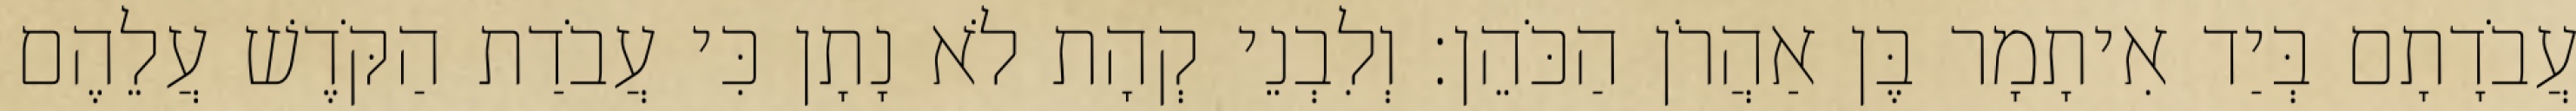
עֲבֹדָתָם בְּיַד אִיתָמָר בֶּן אַהֲרֹן הַכֹּהֵן׃ וְלִבְנֵי קְהָת לֹא נָתָן כִּי עֲבֹדַת הַקֹּדֶשׁ עֲלֵהֶם